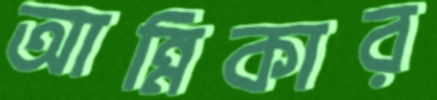
আন্নিকার